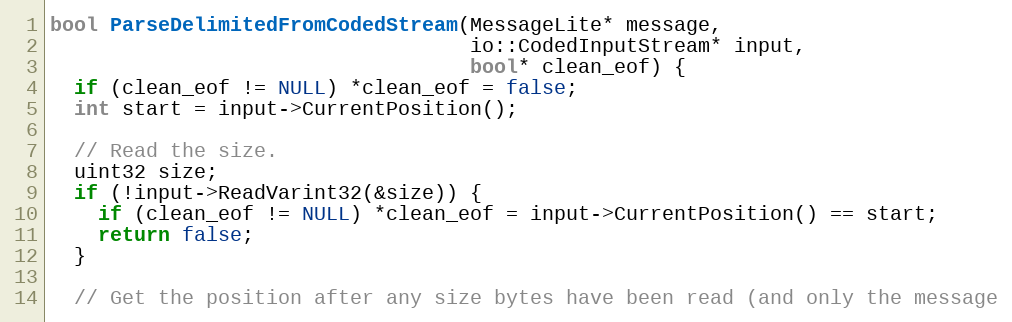
Language: C++
bool ParseDelimitedFromCodedStream(MessageLite* message,
                                   io::CodedInputStream* input,
                                   bool* clean_eof) {
  if (clean_eof != NULL) *clean_eof = false;
  int start = input->CurrentPosition();

  // Read the size.
  uint32 size;
  if (!input->ReadVarint32(&size)) {
    if (clean_eof != NULL) *clean_eof = input->CurrentPosition() == start;
    return false;
  }

  // Get the position after any size bytes have been read (and only the message